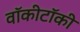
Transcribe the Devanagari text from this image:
वॉकीटॉकी